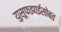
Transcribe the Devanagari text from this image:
युसूफझाईसोबत